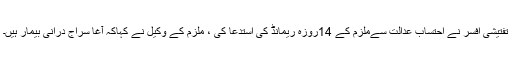
تفتیشی افسر نے احتساب عدالت سےملزم کے 14روزہ ریمانڈ کی استدعا کی ، ملزم کے وکیل نے کہاکہ آغا سراج درانی بیمار ہیں۔